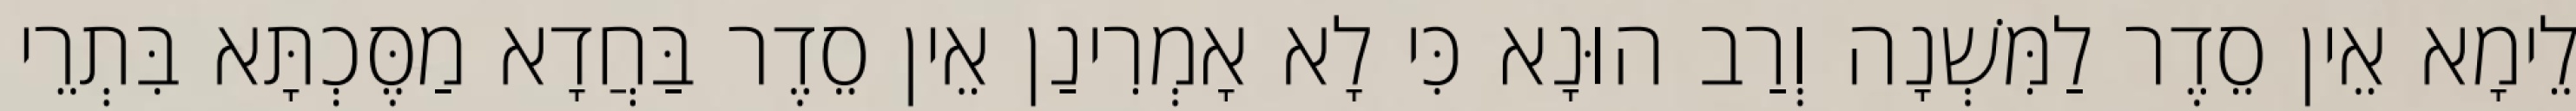
לֵימָא אֵין סֵדֶר לַמִּשְׁנָה וְרַב הוּנָא כִּי לָא אָמְרִינַן אֵין סֵדֶר בַּחֲדָא מַסֶּכְתָּא בִּתְרֵי